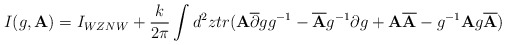
\begin{align*}I(g,{\bf A})=I_{WZNW} + \frac {k}{2 \pi} \int d^2 z tr ({\bf A}\overline {\partial } g g ^{-1} -\overline {{\bf A}} g^{-1} \partial g + {\bf A}\overline {{\bf A}} -g ^{-1} {\bf A}g \overline {{\bf A}})\end{align*}